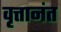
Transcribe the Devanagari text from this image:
वृत्तानंत